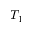
T _ { 1 }